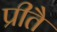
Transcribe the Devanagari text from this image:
प्रीतै